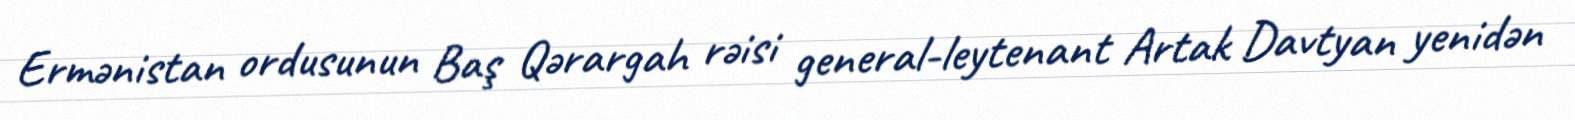
Ermənistan ordusunun Baş Qərargah rəisi general-leytenant Artak Davtyan yenidən